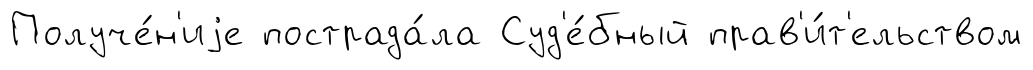
Получе́н'иjе пострада́ла Суд'е́бный прав'и́т'ельством